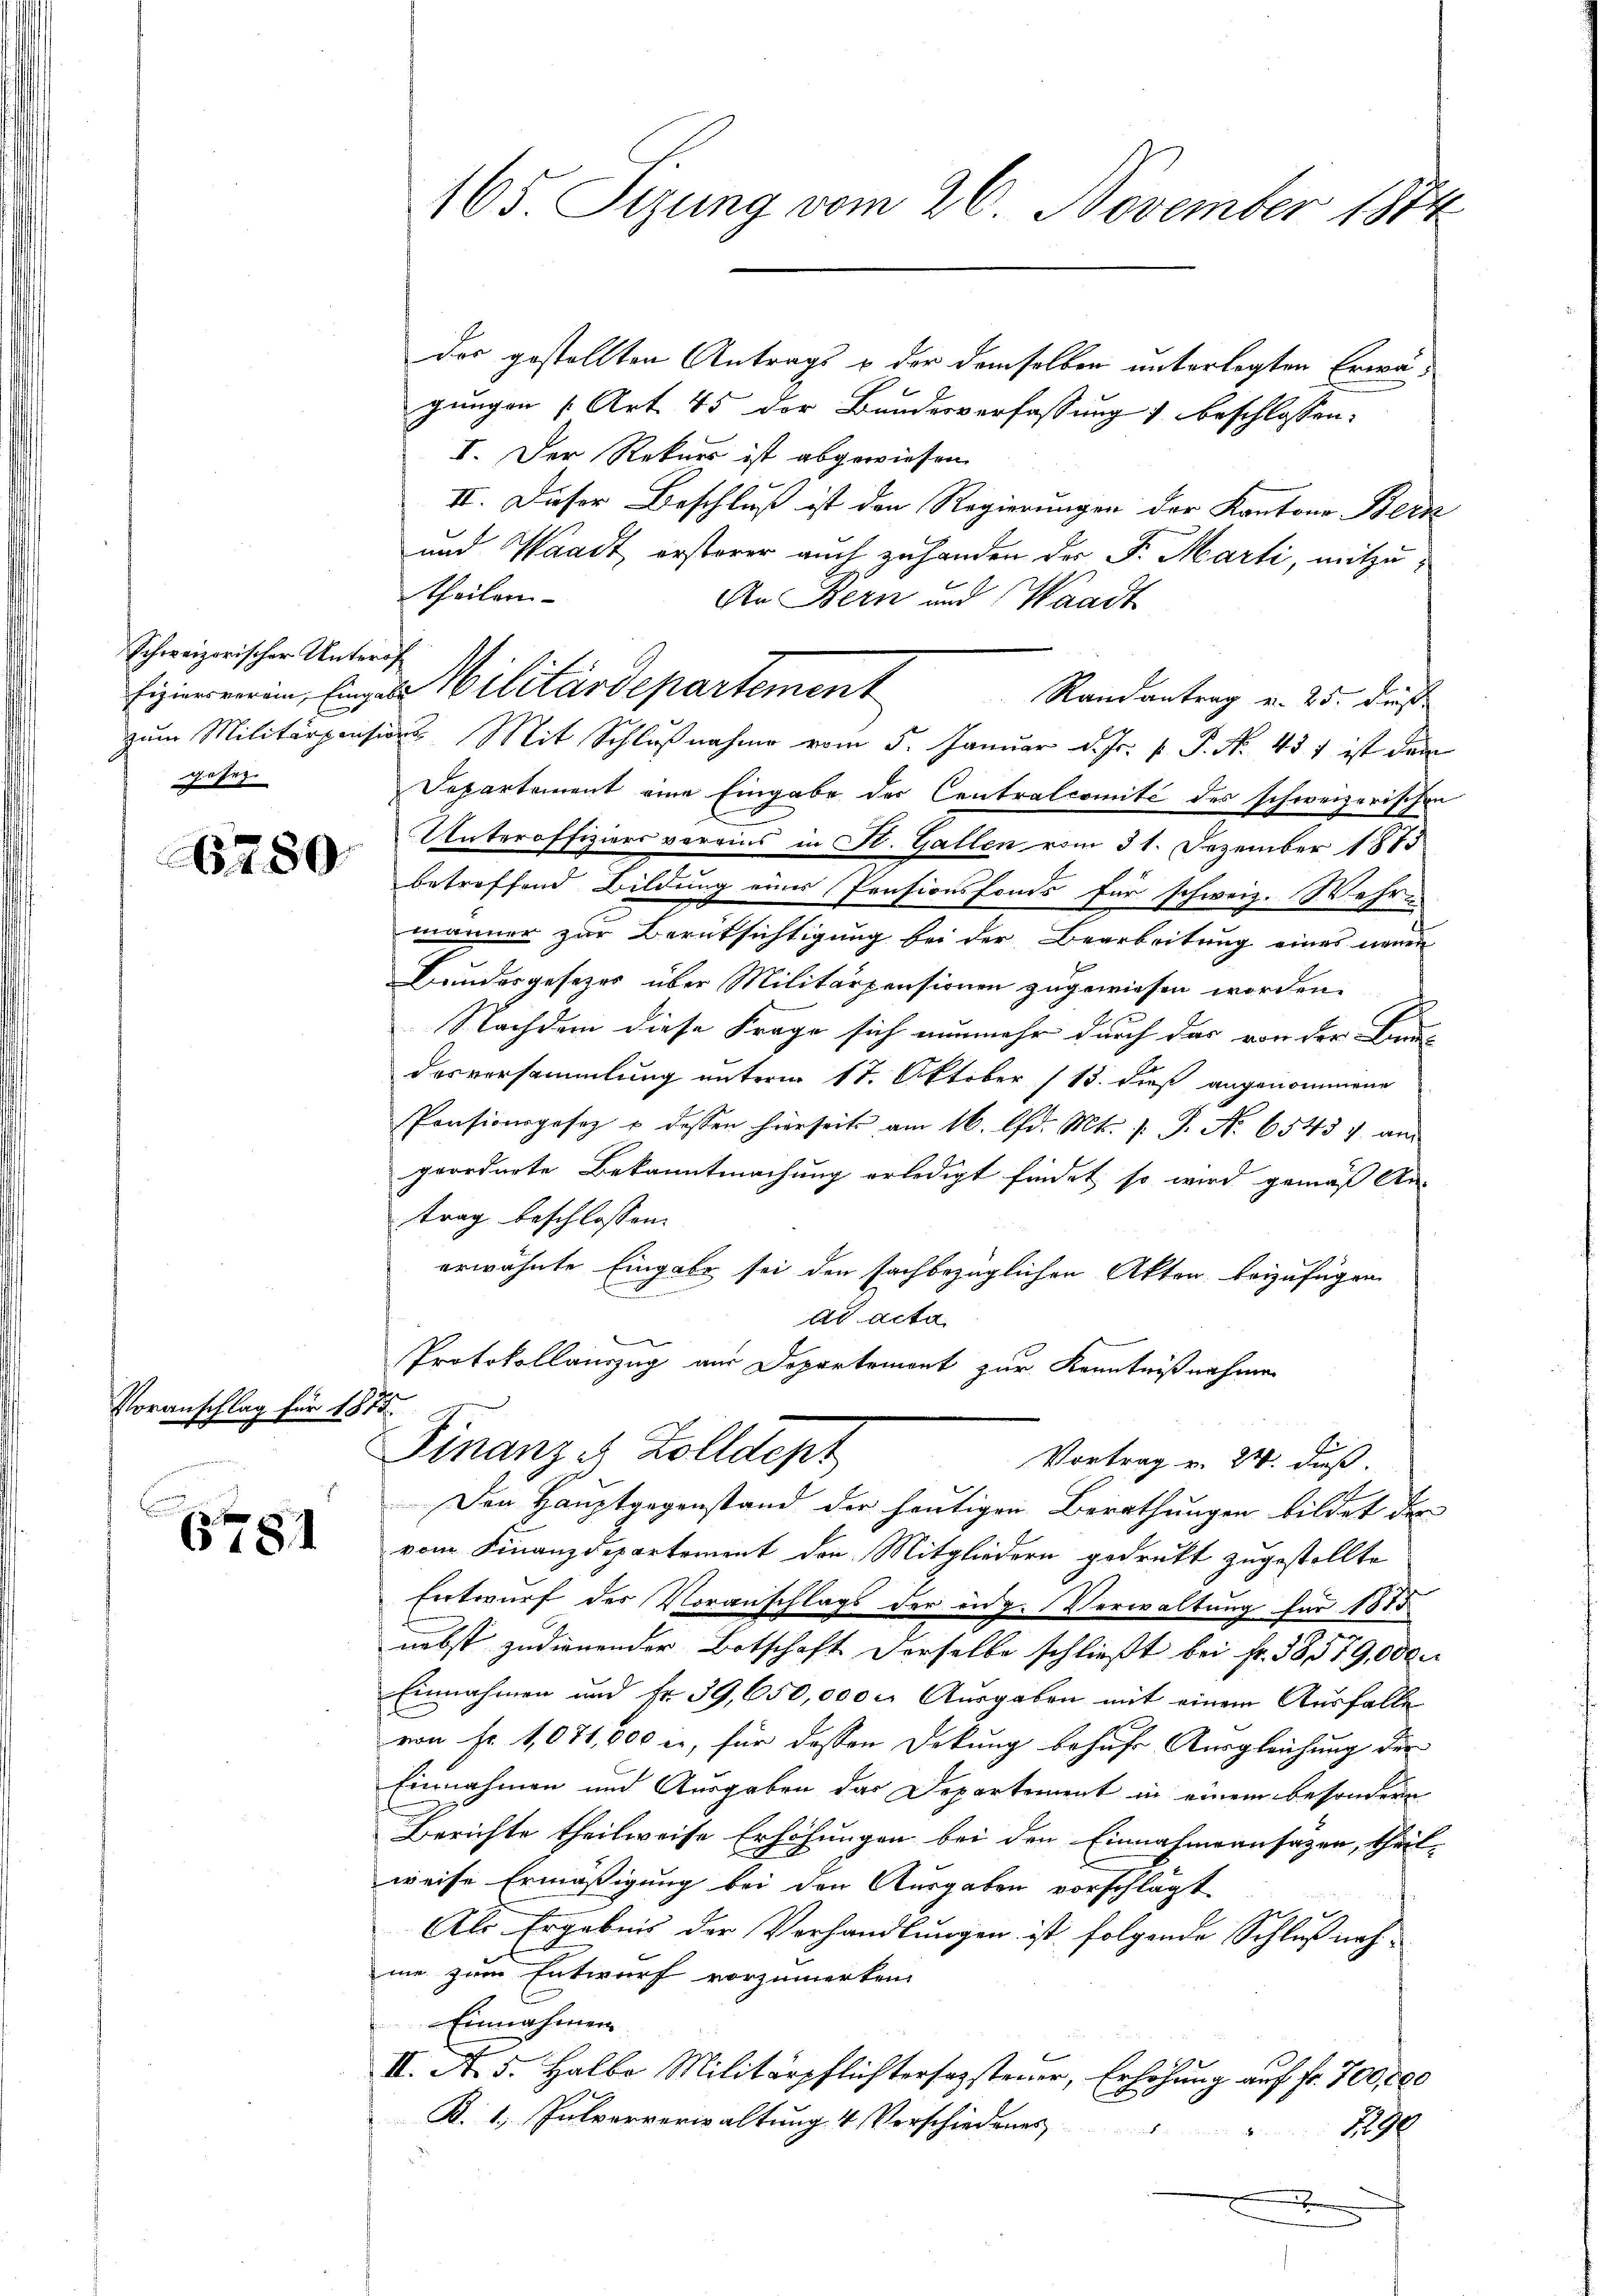
Schweizerischer Unterof
gesez

6780.

Voranschlag für 1875.

6781

165. Sizung vom 26. November 1874

das gestellten Antrags u der demselben unterlegten Erwägungen [Art. 45 der Bundesverfassung beschlossen:
I. Der Rekurs ist abgewiesen.
II. Dieser Beschluß ist den Regierungen der Kantone Berz
und Waadt ersterer auch zuhanden der F. Marti, mitzu¬
Theilen
An Bern und Waadt
Randantrag v. 25. dieß
zum Militärpensions Mit Schlŭβnahme vom 5. Janŭar d. Js. v. P. Nr. 457 ist den
Departement eine Eingabe des Centralcomité des schweizerischen
Unteroffiziers verains in St. Gallen vom 31. Dezember 1873
betreffend Bildung eines Pensionsfonds für schweiz. Wehr-
männer zur Berüksichtigung bei der Bearbeitung eines neuen
Bundesgesetzes über Militärpensionen zugewiesen worden.
Nachdem diese Frage sich nunmehr durch das von der Bun-
desversammlung unterm 17. Oktober (13. dieß angenommene
Pensionsgesetz u dessen hierseits am 16. d. Mts. 1. J. N. 65437 an
geordnete Bekanntmachung erledigt findet, so wird gemäß An-
trag beschlossen:
erwähnte Eingabe sei den sachbezüglichen Akten beizufügen
ad acta
Protokollauszug aus Departement zur Kenntnißnahmen
2.
Finanze Zolldept
Vortrag v. 24. dieß.
Den Hauptgegenstand der heutigen Berathungen bildet der
vom Finanzdepartement den Mitgliedern gedrukt zugestellte
Entwurf des Voranschlags der eng. Verwaltung für 1815
nebst zudienender Botschaft derselbe schließt bei Fr. 38579,000
Einnahmen und Fr. 39,650,000. Ausgaben mit einem Ausfalle
von Fr. 1071,000 er, für dessen Dekung behufs Ausgleichung der
Einnahmen und Ausgaben das Departement in einem besondern
Berichte theilweise Erhöhungen bei den Einnahmensätzen, theilweise Ermäßigung bei den Ausgaben vorschlägt
Als Ergebnis der Verhandlungen ist folgende Schlußnahme zum Entwurf vorzumerken.
Einnahmen
t
2
II. A. 5. Halbe Militärpflichtersagsteuer, Erhöhung auf fr. 700,000
B. 1. Pulververwaltung 4 Verschiedenes
it
19
.

Eizieren in Einger Militärdepartement